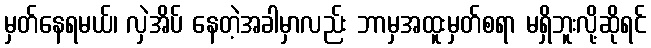
မှတ်နေရမယ်၊ လှဲအိပ် နေတဲ့အခါမှာလည်း ဘာမှအထူးမှတ်စရာ မရှိဘူးလို့ဆိုရင်